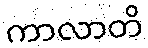
ကာလာတိ